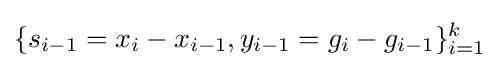
\{s_{i-1}=x_{i}-x_{i-1},y_{i-1}=g_{i}-g_{i-1}\}_{i=1}^{k}